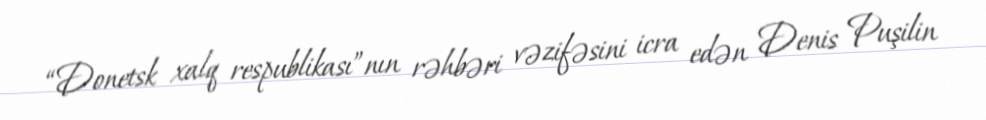
“Donetsk xalq respublikası”nın rəhbəri vəzifəsini icra edən Denis Puşilin